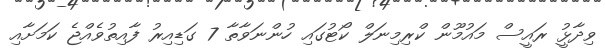
ވިދާޅުީ ރައީސް މައުމޫން ކްރިމިނަލް ކޯޓުގައި ހުންނަވާތާ 7 ގަޑިއިރު ފާއިތުވެއްޖެ ކަމަށާއި